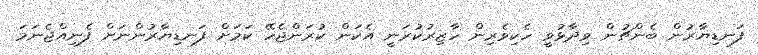
ފަނޑިޔާރުން ބެންޗުން ވިދާޅުވީ ހެކިވެރިން ހާޒިރުކުރަނީ އެކަން ކުރަންޖެހޭ ކަމަށް ފަނޑިޔާރުންނަށް ފެނިއްޖެނަމަ